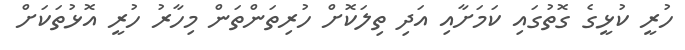
ހުރީ ކުޅީގެ ގޮތުގައި ކަމަށާއި އަދި ތިލަކޮށް ހުރިތަންތަން މިހާރު ހުރީ އޮޅުތަކަށް